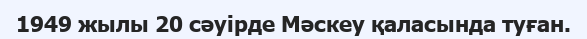
1949 жылы 20 сәуірде Мәскеу қаласында туған.